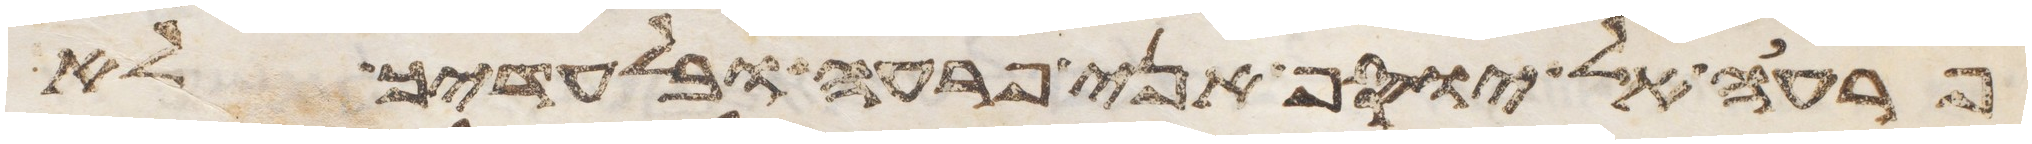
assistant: פרעה אל יוסף אני פרעה ובלעדיך לא